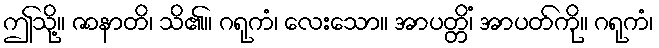
ဤသို့။ ဇာနာတိ၊ သိ၏။ ဂရုကံ၊ လေးသော။ အာပတ္တိံ၊ အာပတ်ကို။ ဂရုကံ၊